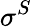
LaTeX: \sigma^{S}